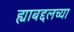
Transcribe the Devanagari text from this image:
ह्याबद्दलच्या